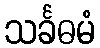
သင်္ခဓမံ